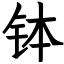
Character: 钵